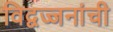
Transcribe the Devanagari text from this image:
विद्वज्जनांची